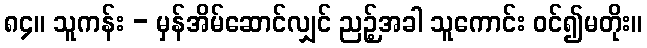
၈၄။ သူကန်း - မှန်အိမ်ဆောင်လျှင် ညဉ့်အခါ သူကောင်း ဝင်၍မတိုး။